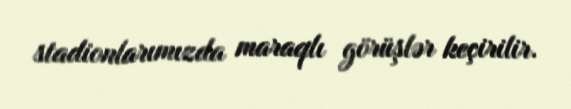
stadionlarımızda maraqlı görüşlər keçirilir.